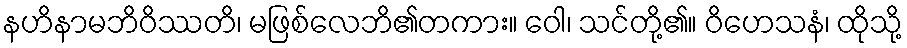
နဟိနာမဘိဝိဿတိ၊ မဖြစ်လေဘိ၏တကား။ ဝေါ၊ သင်တို့၏။ ဝိဟေသနံ၊ ထိုသို့